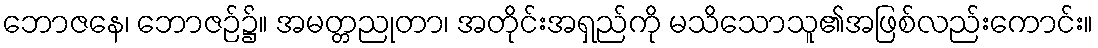
ဘောဇနေ၊ ဘောဇဉ်၌။ အမတ္တညုတာ၊ အတိုင်းအရှည်ကို မသိသောသူ၏အဖြစ်လည်းကောင်း။